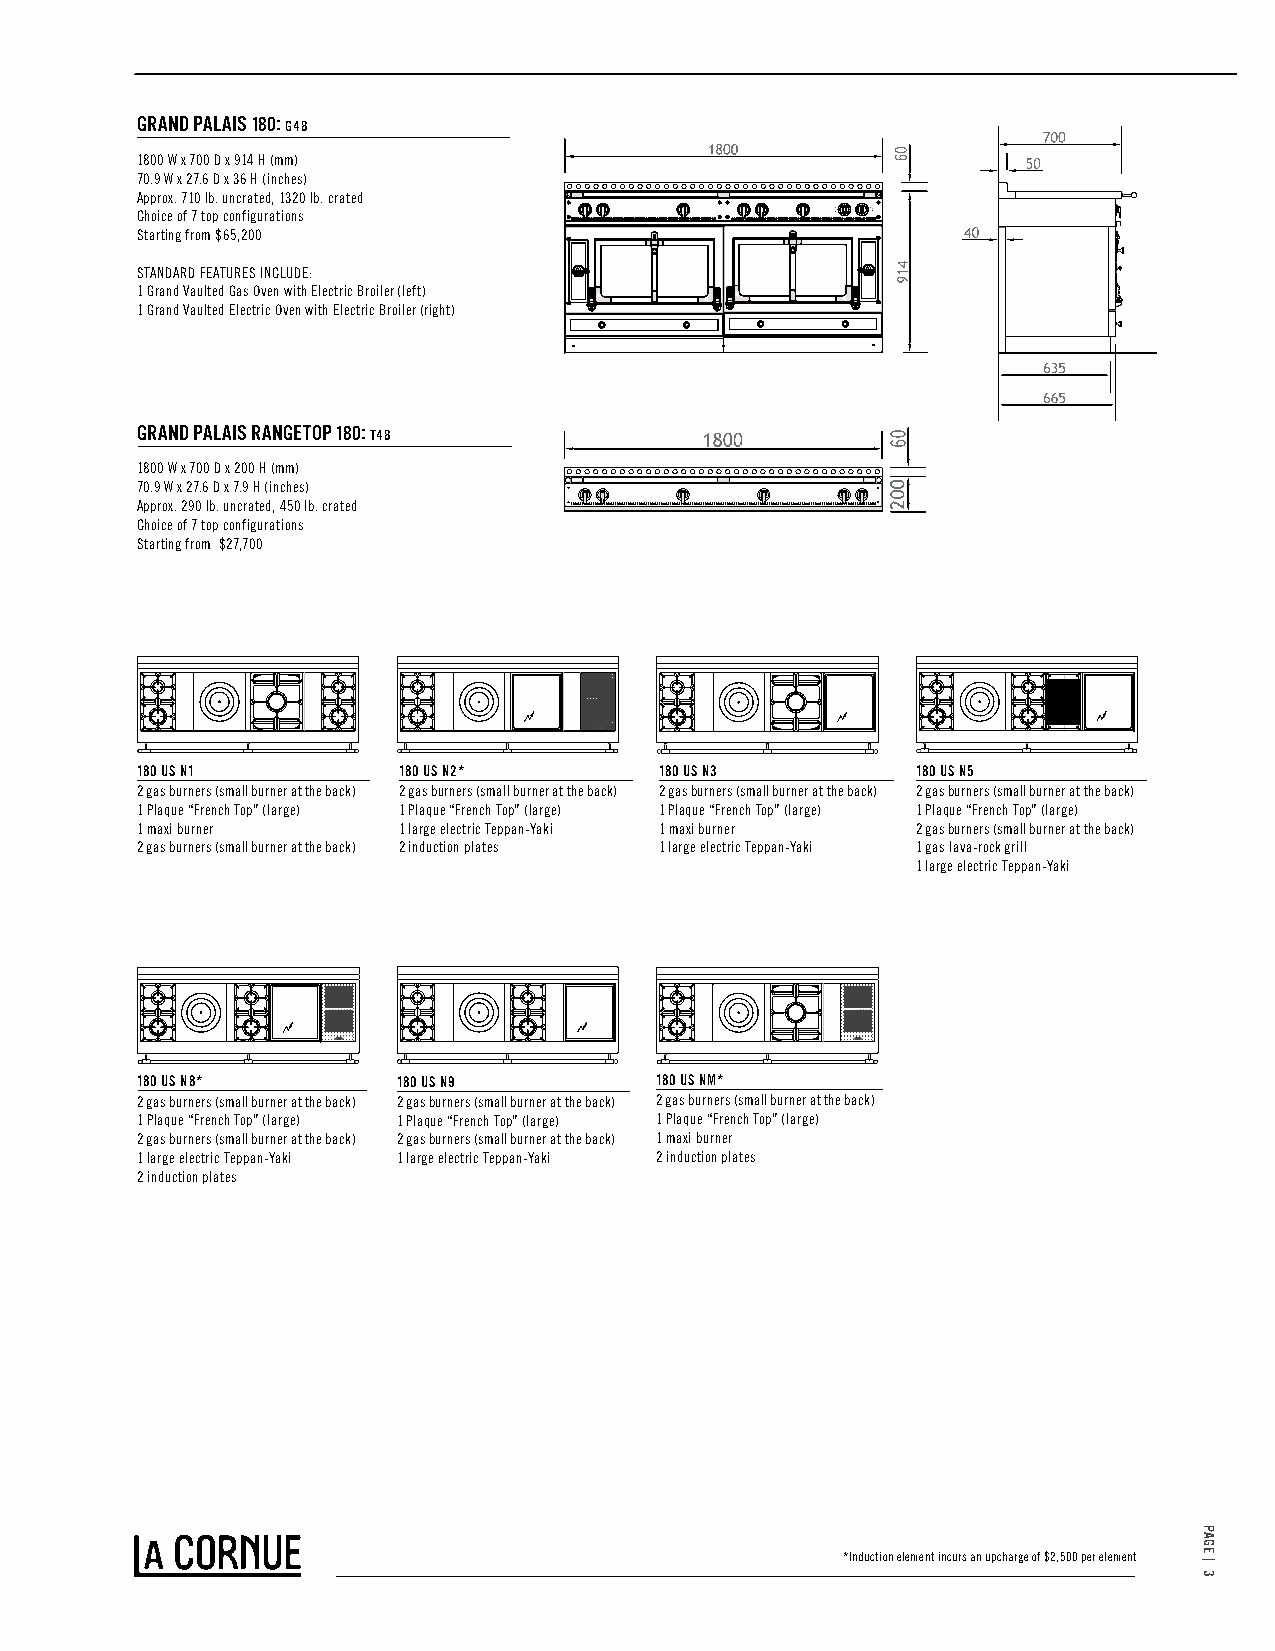
GRAND PALAIS 180: G48
 1800 W x 700 D x 914 H (mm)
 70.9 W x 27.6 D x 36 H (inches)
 Approx. 710 lb. uncrated, 1320 lb. crated
 Choice of 7 top configurations
 Starting from $65,200
 STANDARD FEATURES INCLUDE:
 1 Grand Vaulted Gas Oven with Electric Broiler (left)
 1 Grand Vaulted Electric Oven with Electric Broiler (right)
 GRAND PALAIS RANGETOP 180: T48
 1800 W x 700 D x 200 H (mm)
 70.9 W x 27.6 D x 7.9 H (inches)
 Approx. 290 lb. uncrated, 450 lb. crated
 Choice of 7 top configurations
 Starting from $27,700
 180 US N1        180 US N2*        180 US N3        180 US N5
 2 gas burners (small burner at the back) 2 gas burners (small burner at the back) 2 gas burners (small burner at the back) 2 gas burners (small burner at the back)
 1 Plaque “French Top” (large) 1 Plaque “French Top” (large) 1 Plaque “French Top” (large) 1 Plaque “French Top” (large)
 1 maxi burner    1 large electric Teppan-Yaki 1 maxi burner 2 gas burners (small burner at the back)
 2 gas burners (small burner at the back) 2 induction plates 1 large electric Teppan-Yaki 1 gas lava-rock grill
 1 large electric Teppan-Yaki
 180 US N8*       180 US N9        180 US NM*
 2 gas burners (small burner at the back) 2 gas burners (small burner at the back) 2 gas burners (small burner at the back)
 1 Plaque “French Top” (large) 1 Plaque “French Top” (large) 1 Plaque “French Top” (large)
 2 gas burners (small burner at the back) 2 gas burners (small burner at the back) 1 maxi burner
 1 large electric Teppan-Yaki 1 large electric Teppan-Yaki 2 induction plates
 2 induction plates
 *Induction element incurs an upcharge of $2,500 per element
 PAGE
 |
 2
 PAGE
 |
 3